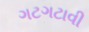
ગટગટાવી